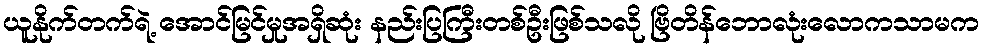
ယူနိုက်တက်ရဲ့ အောင်မြင်မှုအရှိဆုံး နည်းပြကြီးတစ်ဦးဖြစ်သလို ဗြိတိန်ဘောလုံးလောကသာမက